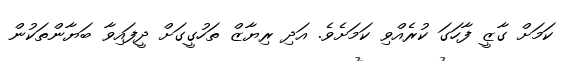
ކަމަށް ގާޒީ ފާހަގަ ކުރެއްވި ކަމަށެވެ. އަދި ރިޔާޒް ތަހުގީގަށް ދީފައިވާ ބަޔާންތަކުން